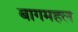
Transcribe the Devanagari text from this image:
बागमहल